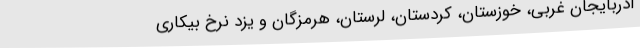
آذربایجان غربی، خوزستان، کردستان، لرستان، هرمزگان و یزد نرخ بیکاری